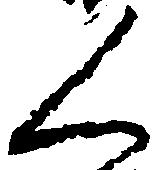
人